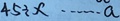
4 5 \div x \cdots a